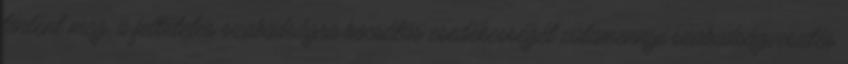
történt meg, a feltételes szabadságra bocsátás esedékességét valamennyi szabadságvesztés